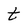
Character: t